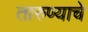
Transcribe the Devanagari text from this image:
तारुण्याचे